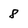
Character: 8